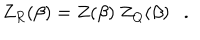
Z _ { R } ( \beta ) = Z ( \beta ) ~ Z _ { Q } ( \beta ) .